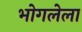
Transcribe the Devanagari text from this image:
भोगलेला